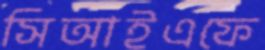
সিআইএফে